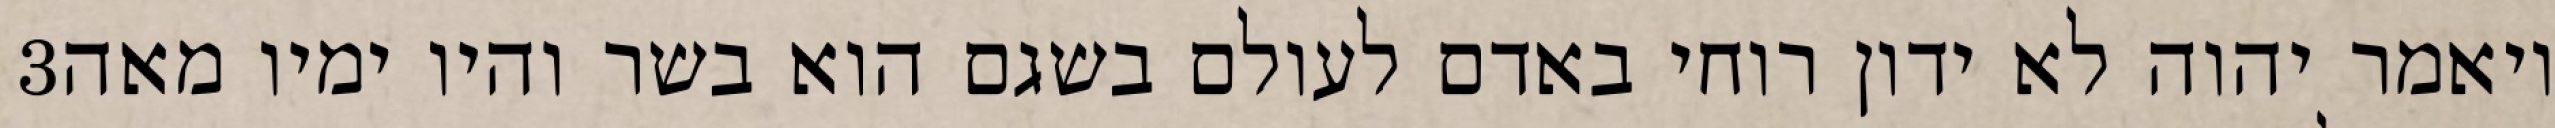
‎3‏ ויאמר יהוה לא ידון רוחי באדם לעולם בשגם הוא בשר והיו ימיו מאה